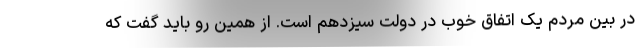
در بین مردم یک اتفاق خوب در دولت سیزدهم است. از همین رو باید گفت که